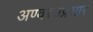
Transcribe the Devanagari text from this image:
अण्वस्त्रप्रसार